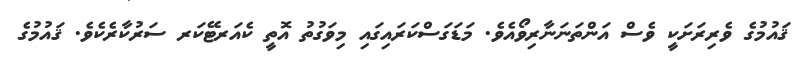
ޤައުމުގެ ވެރިރަށަކީ ވެސް އަންތަނަނާރިވޯއެވެ. މަޑަގަސްކަރައިގައި މިވަގުތު އޮތީ ކެއަރޓޭކަރ ސަރުކާރެކެވެ. ޤައުމުގެ